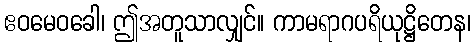
ဧဝမေဝခေါ၊ ဤအတူသာလျှင်။ ကာမရာဂပရိယုဋ္ဌိတေန၊